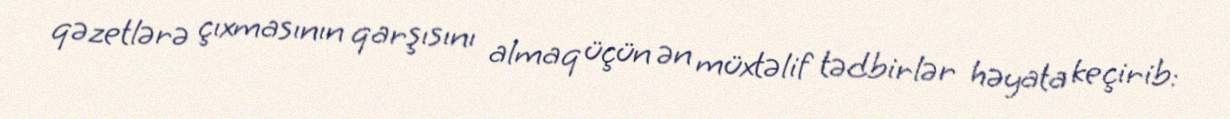
qəzetlərə çıxmasının qarşısını almaq üçün ən müxtəlif tədbirlər həyata keçirib: